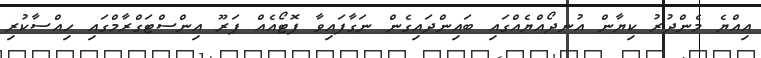
އިއްޔެ މެންދުރު ކިޔާން އުނދޯއްޔެއްގައި ބައިންދައިގެން ނަގާފައިވާ ފޮޓޯއެއް ފަރޫ އިންސްޓަގްރާމްގައި ހިއްސާކުރި